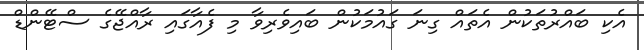
އެކި ބައްރުތަކުން އެތައް ގިނަ ގައުމަކުން ބައިވެރިވާ މި ފެއާގައި ރާއްޖޭގެ ސްޓޭންޑް